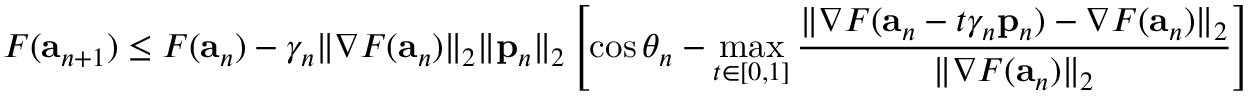
F ( \mathbf { a } _ { n + 1 } ) \leq F ( \mathbf { a } _ { n } ) - \gamma _ { n } \| \nabla F ( \mathbf { a } _ { n } ) \| _ { 2 } \| \mathbf { p } _ { n } \| _ { 2 } \left[ \cos \theta _ { n } - \operatorname* { m a x } _ { t \in [ 0 , 1 ] } { \frac { \| \nabla F ( \mathbf { a } _ { n } - t \gamma _ { n } \mathbf { p } _ { n } ) - \nabla F ( \mathbf { a } _ { n } ) \| _ { 2 } } { \| \nabla F ( \mathbf { a } _ { n } ) \| _ { 2 } } } \right]